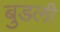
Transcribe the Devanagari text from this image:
बुडली